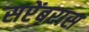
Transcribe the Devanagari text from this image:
सप्टेंबरास